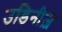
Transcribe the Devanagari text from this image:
उडिनीज़